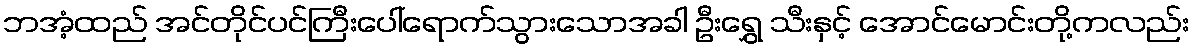
ဘအံ့ထည် အင်တိုင်ပင်ကြီးပေါ်ရောက်သွားသောအခါ ဦးရွှေ သီးနှင့် အောင်မောင်းတို့ကလည်း